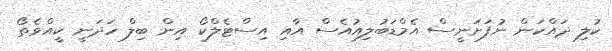
ކުލި ދައްކަން ނުފަށަނީސް އެމްޑަބުލިއުއެސް އާއި އިސްޓެލްކޯ އިން ބިލް ހަދަނީ ކީއްވެތޯ